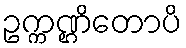
ဥက္ကဏ္ဌိတောပိ